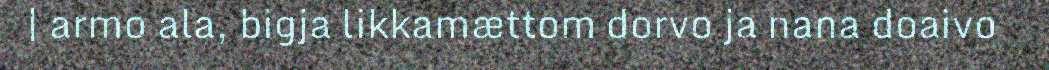
| armo ala, bigja likkamættom dorvo ja nana doaivo